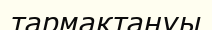
тармақтануы